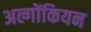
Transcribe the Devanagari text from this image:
अल्गोंकियन